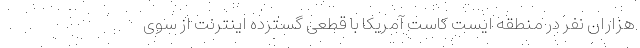
هزاران نفر در منطقه ایست کاست آمریکا با قطعی گسترده اینترنت از سوی